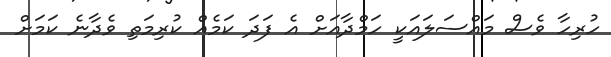
ހުރިހާ ވެސް މައްސަލައަކީ ހަމްދާއަށް އެ ފަދަ ކަމެއް ކުރިމަތި ވެދާނެ ކަމަށް